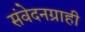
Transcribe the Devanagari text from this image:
संवेदनग्राही